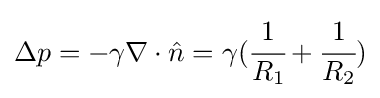
\Delta p=-\gamma \nabla \cdot {\hat {n}}=\gamma ({\cfrac {1}{R_{1}}}+{\cfrac {1}{R_{2}}})